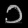
Digit: ၁